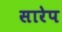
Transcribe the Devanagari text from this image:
सारेप